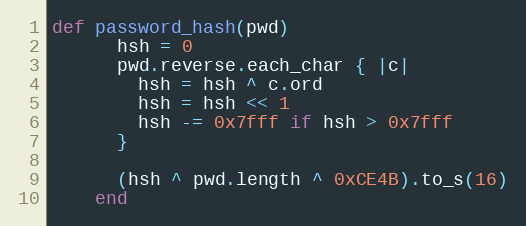
Language: Ruby
def password_hash(pwd)
      hsh = 0
      pwd.reverse.each_char { |c|
        hsh = hsh ^ c.ord
        hsh = hsh << 1
        hsh -= 0x7fff if hsh > 0x7fff
      }

      (hsh ^ pwd.length ^ 0xCE4B).to_s(16)
    end